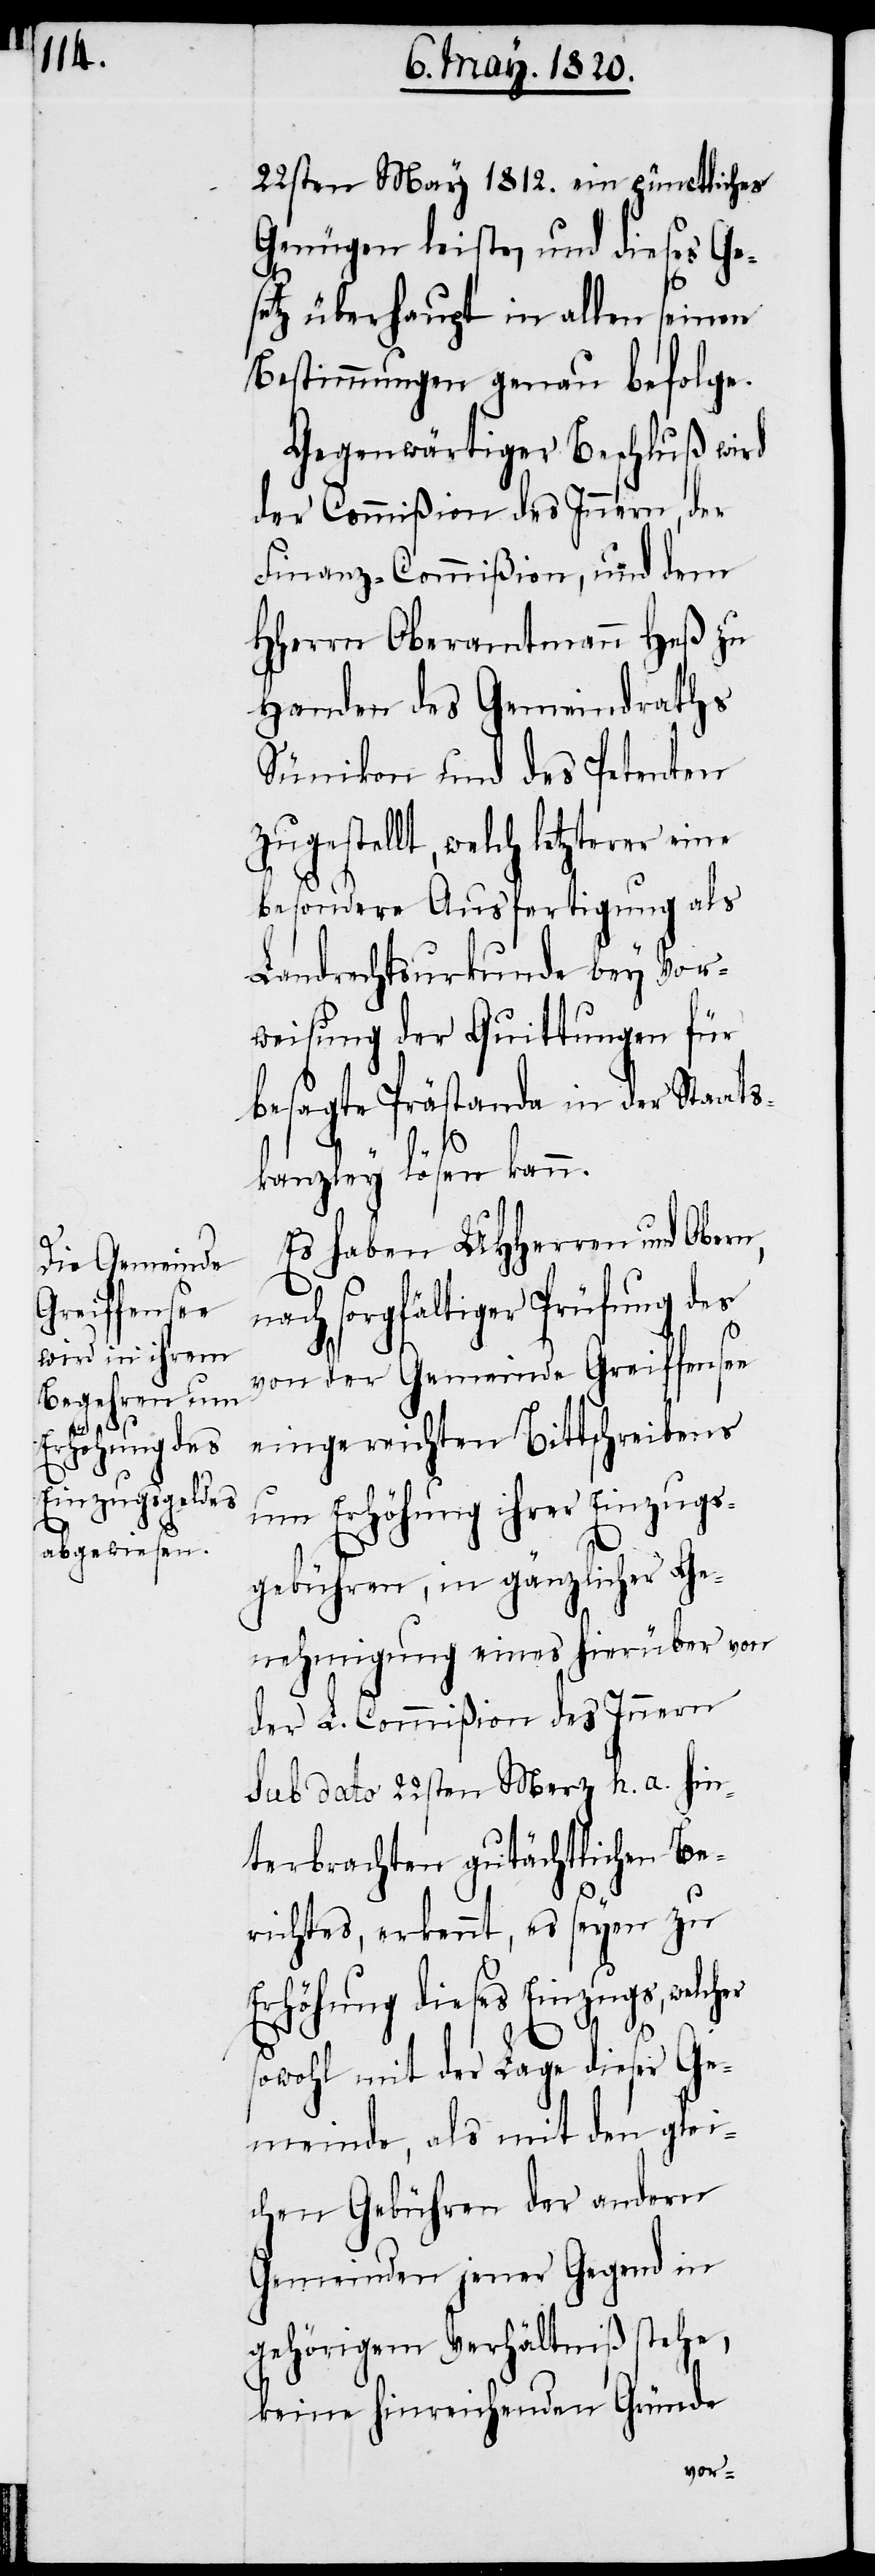
22sten May 1812. ein pünctliches
Genügen leiste, und dieses Ge¬
setz überhaupt in allen seinen
Bestimmungen genau befolge.
Gegenwärtiger Beschluß wird
der Commiβion des Innern, der
Finanz-Commißion, und dem
Hherrn Oberamtmann Heß zu
Handen des Gemeindraths
Sünikon und des Petenten
zugestellt, welch letzterer eine
besondere Ausfertigung als
Landrechtsurkunde bey Vor¬
weisung der Quittungen für
besagte Prästanda in der Staats¬
kanzley lösen kann.
Es haben UHHerren und Obern,
nach sorgfältiger Prüfung des
von der Gemeinde Greiffensee
eingereichten Bittschreibens
um Erhöhung ihrer Einzugs¬
gebühren, in gänzlicher Ge¬
nehmigung eines hierüber von
der L. Commiβion des Innern
sub dato 22sten Merz h. a. hin¬
terbrachten gutächtlichen Be¬
richtes, erkennt, es seyen zu
Erhöhung dieses Einzugs,
sowohl mit der Lage dieser Ge¬
meinde, als mit den glei¬
chen Gebühren der andern
Gemeinden jener Gegend in
gehörigem Verhältniß stehe,
keine hinreichenden Gründe